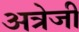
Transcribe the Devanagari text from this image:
अत्रेजी